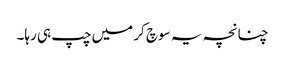
چنانچہ یہ سوچ کر میں چپ ہی رہا۔